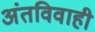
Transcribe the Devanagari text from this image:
अंतविवाही